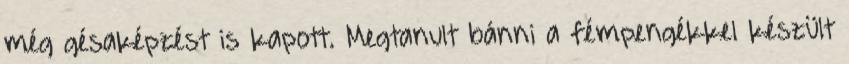
még gésaképzést is kapott. Megtanult bánni a fémpengékkel készült